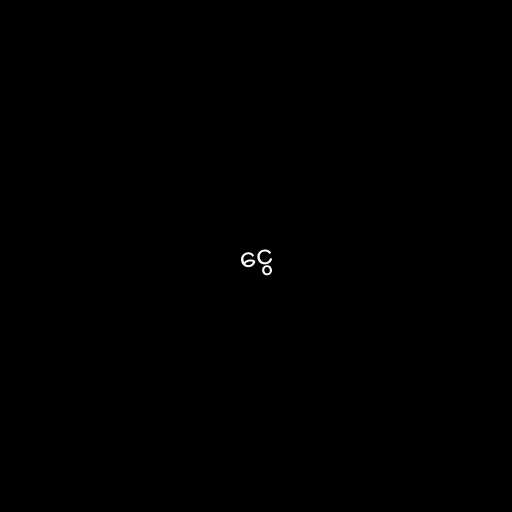
ငွေ